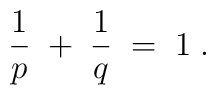
\frac{1}{p} \; + \; \frac{1}{q} \; = \; 1 \; .